Report of the Municipal Commissioner on the plague in Bombay for the year ending 31st May... - Volume 2
Disease focus: Plague
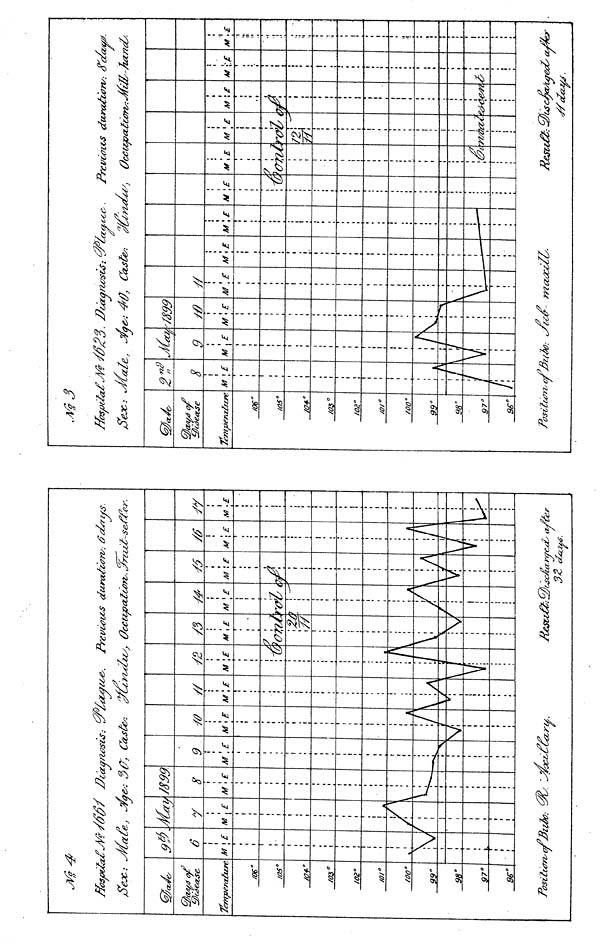
Temperature
/06°/
05°(
03°(
O2°/
0/°Z
OO"
99°9
0"
97°9
G°P
osittcr
*
Jt
-is*
90
M
\
:
rva
6
1
M
SB
yd
•y
A
M
/
J
y
\E
f\
I
t
1S99
8
M
\ '
V-
\E
'an 0SU
Ca
M
—*»4
J
9
\E
y
M
1
LCccr
fO
\ E
A
/
f
M
\
\ £
\E
/\
JVevcovcs
-/Z
M \E
H
t
V
M\E
>
i
i
t
i
i
i
\i
\
i
(
I
Resu
dut
M
re
-
/
r z£.
1 £
''I
A
r
3k
S3
M
\ ;
V
\£
\
A
/
•S&4
ye
M
V;
1
//
M
K
/1
I
fey
Sejc: Jt
Tempera/lure
/06°/
O5°1
O+°/
O2°J
0/°9
9°9
8 c
97°9
G°2
M
i
I:
r al
VIC
n
8
n
r
I
SB
yd.
7
/
M<u,
M
\ 5
V
i
9
t
Jz
I
. Ucaq/zvsiiS: *z
M
\^\
£
//
V
m
\E
.
cue
n,
M
i ——
7
7
M
— -i
i
\E
• • i
-
1
M \E
H
Vcv
0
ecu
ecu
M
R
\E
1
pa.
M
72
W
1 £
t
\
M
tiSd
1
1
\£
\
>>/
far
M
t\
U7€c
\E
>
M • i"
yr